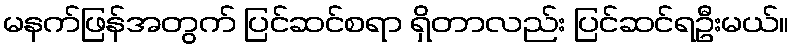
မနက်ဖြန်အတွက် ပြင်ဆင်စရာ ရှိတာလည်း ပြင်ဆင်ရဦးမယ်။